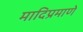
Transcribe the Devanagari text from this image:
मादिप्रमाणे